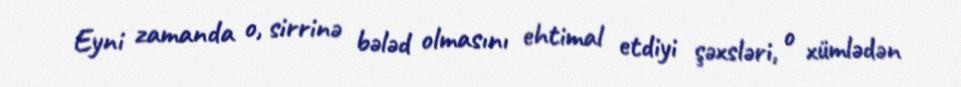
Eyni zamanda o, sirrinə bələd olmasını ehtimal etdiyi şəxsləri, o xümlədən